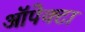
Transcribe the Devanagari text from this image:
ऑपेक्टा